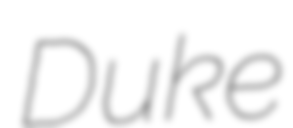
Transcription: Duke